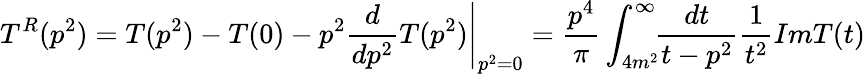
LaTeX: T^{R}(p^{2})=T(p^{2})-T(0)-p^{2}\left.\frac{d}{dp^{2}}T(p^{2})\right|_{p^{2}=0}=\frac{p^{4}}{\pi}\int_{4m^{2}}^{\infty}\! \! \frac{dt}{t-p^{2}}\frac{1}{t^{2}}ImT(t)